Indian journal of veterinary science and animal husbandry - Volumes 15-17, 1948-1951
Year: 1948
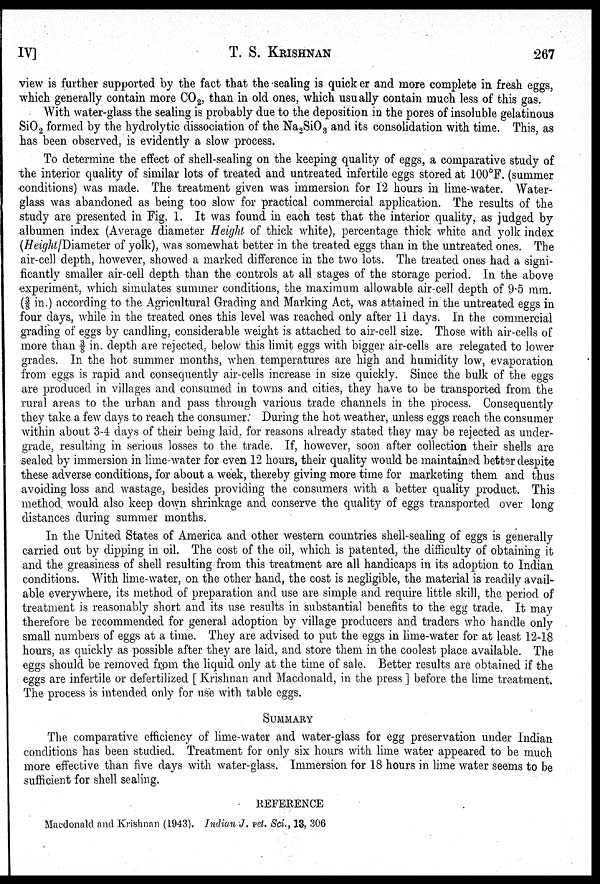
IV]
T. S.
KRISHNAN
267
view is further supported by the fact that the sealing is quicker and more complete in fresh eggs,
which generally contain more CO 2 , than in old ones, which usually contain much less of this gas.
With water-glass the sealing is probably due to the deposition in the pores of insoluble gelatinous
SiO 2 formed by the hydrolytic dissociation of the Na 2 SiO 3 and its consolidation with time. This, as
has been observed, is evidently a slow process.
To determine the effect of shell-sealing on the keeping quality of eggs, a comparative study of
the interior quality of similar lots of treated and untreated infertile eggs stored at 100°F. (summer
conditions) was made. The treatment given was immersion for 12 hours in lime-water. Water-
glass was abandoned as being too slow for practical commercial application. The results of the
study are presented in Fig. 1. It was found in each test that the interior quality, as judged by
albumen index (Average diameter Height of thick white), percentage thick white and yolk index
(Height/Diameter of yolk), was somewhat better in the treated eggs than in the untreated ones. The
air-cell depth, however, showed a marked difference in the two lots. The treated ones had a signi
ficantly smaller air-cell depth than the controls at all stages of the storage period. In the above
experiment, which simulates summer conditions, the maximum allowable air-cell depth of 9.5 mm.
(3/8 in.) according to the Agricultural Grading and Marking Act, was attained in the untreated eggs in
four days, while in the treated ones this level was reached only after 11 days. In the commercial
grading of eggs by candling, considerable weight is attached to air-cell size. Those with air-cells of
more than ⅜ in. depth are rejected, below this limit eggs with bigger air-cells are relegated to lower
grades. In the hot summer months, when temperatures are high and humidity low, evaporation
from eggs is rapid and consequently air-cells increase in size quickly. Since the bulk of the eggs
are produced in villages and consumed in towns and cities, they have to be transported from the
rural areas to the urban and pass through various trade channels in the process. Consequently
they take a few days to reach the consumer. During the hot weather, unless eggs reach the consumer
within about 3-4 days of their being laid, for reasons already stated they may be rejected as under
grade, resulting in serious losses to the trade. If, however, soon after collection their shells are
sealed by immersion in lime-water for even 12 hours, their quality would be maintained better despite
these adverse conditions, for about a week, thereby giving more time for marketing them and thus
avoiding loss and wastage, besides providing the consumers with a better quality product. This
method would also keep down shrinkage and conserve the quality of eggs transported over long
distances during summer months.
In the United States of America and other western countries shell-sealing of eggs is generally
carried out by dipping in oil. The cost of the oil, which is patented, the difficulty of obtaining it
and the greasiness of shell resulting from this treatment are all handicaps in its adoption to Indian
conditions. With lime-water, on the other hand, the cost is negligible, the material is readily avail
able everywhere, its method of preparation and use are simple and require little skill, the period of
treatment is reasonably short and its use results in substantial benefits to the egg trade. It may
therefore be recommended for general adoption by village producers and traders who handle only
small numbers of eggs at a time. They are advised to put the eggs in lime-water for at least 12-18
hours, as quickly as possible after they are laid, and store them in the coolest place available. The
eggs should be removed from the liquid only at the time of sale. Better results are obtained if the
eggs are infertile or defertilized [Krishnan and Macdonald, in the press] before the lime treatment.
The process is intended only for use with table eggs.
SUMMARY
The comparative efficiency of lime-water and water-glass for egg preservation under Indian
conditions has been studied. Treatment for only six hours with lime water appeared to be much
more effective than five days with water-glass. Immersion for 18 hours in lime water seems to be
sufficient for shell sealing.
REFERENCE
Macdonald and Krishnan (1943). Indian J. vet, Sci., 13, 306